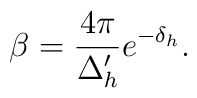
\beta = \frac {4\pi }{\Delta _{h}'} e^{-\delta _{h}} .